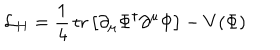
{ \cal L } _ { H } = \frac { 1 } { 4 } \, \mathrm { t r } \left[ \partial _ { \mu } \Phi ^ { \dagger } \partial ^ { \mu } \Phi \right] - V ( \Phi )